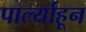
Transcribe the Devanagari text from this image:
पार्ल्याहून